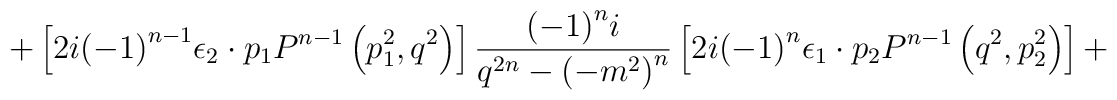
+ \left[ 2i {\left(-1\right)}^{n-1}{\epsilon}_2 \cdot p_1 P^{n-1} \left(p_1^2,q^2 \right) \right]\frac { {\left(-1\right)}^n i } { q^{2n} - {\left(-m^2 \right)}^n }\left[ 2i{\left(-1\right)}^n {\epsilon}_1 \cdot p_2 P^{n-1} \left(q^2,p_2^2 \right) \right] +